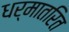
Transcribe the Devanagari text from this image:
धर्मातरित